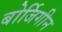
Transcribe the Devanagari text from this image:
बोर्जिगीन